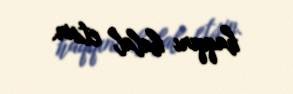
haqqını halal etsin.